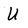
Character: U